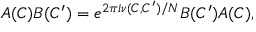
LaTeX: A ( C ) B ( C ^ { \prime } ) = e ^ { 2 \pi i \nu ( C , C ^ { \prime } ) / N } B ( C ^ { \prime } ) A ( C ) ,